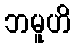
ဘမူဟိ